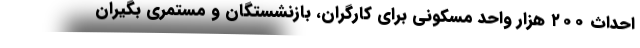
احداث ۲۰۰ هزار واحد مسکونی برای کارگران، بازنشستگان و مستمری بگیران